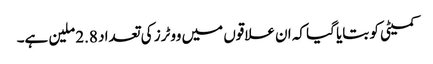
کمیٹی کو بتایا گیا کہ ان علاقوں میں ووٹرز کی تعداد 2.8 ملین ہے۔